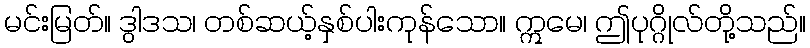
မင်းမြတ်။ ဒွါဒသ၊ တစ်ဆယ့်နှစ်ပါးကုန်သော။ ဣမေ၊ ဤပုဂ္ဂိုလ်တို့သည်။